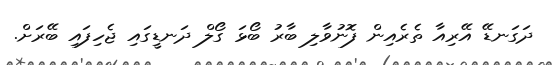
ދަގަނޑޭ އޭރިއާ ތެރެއިން ފޮނުވާލި ބާރު ބޯޅަ ގޯލް ދަނޑީގައި ޖެހިފައި ބޭރަށް.